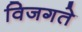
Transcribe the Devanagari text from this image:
विजगते